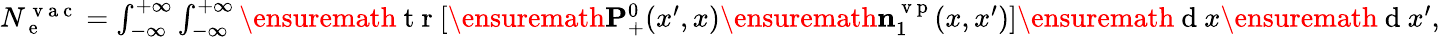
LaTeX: \begin{array}{r}{N_{\mathrm{~e~}}^{\mathrm{~v~a~c~}}=\int_{-\infty}^{+\infty}\int_{-\infty}^{+\infty}\ensuremath{\mathrm{~t~r~}}[\ensuremath{\mathbf{P}}_{+}^{0}(x^{\prime},x)\ensuremath{\mathbf{n}}_{1}^{\mathrm{~v~p~}}(x,x^{\prime})]\ensuremath{\mathrm{~d~}}x\ensuremath{\mathrm{~d~}}x^{\prime},}\end{array}